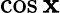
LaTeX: \cos\mathbf{x}